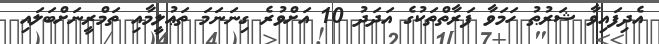
އެދިފައިވާ ޝަރުޠު ހަމަވާ ފަރާތްތަކުގެ އަދަދު 10 އަށްވުރެ ގިނަނަމަ ތަޢުލީމާއި ތަމްރީނަށްބަލައި